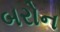
બરોન